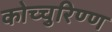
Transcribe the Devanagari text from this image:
कोच्चुरिण्ण